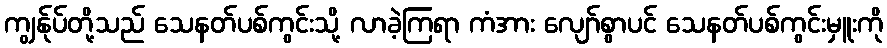
ကျွန်ုပ်တို့သည် သေနတ်ပစ်ကွင်းသို့ လာခဲ့ကြရာ ကံအား လျော်စွာပင် သေနတ်ပစ်ကွင်းမှူးကို